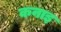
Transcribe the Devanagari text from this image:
कनाइ